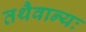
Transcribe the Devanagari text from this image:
तथैवान्यः